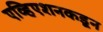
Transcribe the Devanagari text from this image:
एव्हिएशनकडून